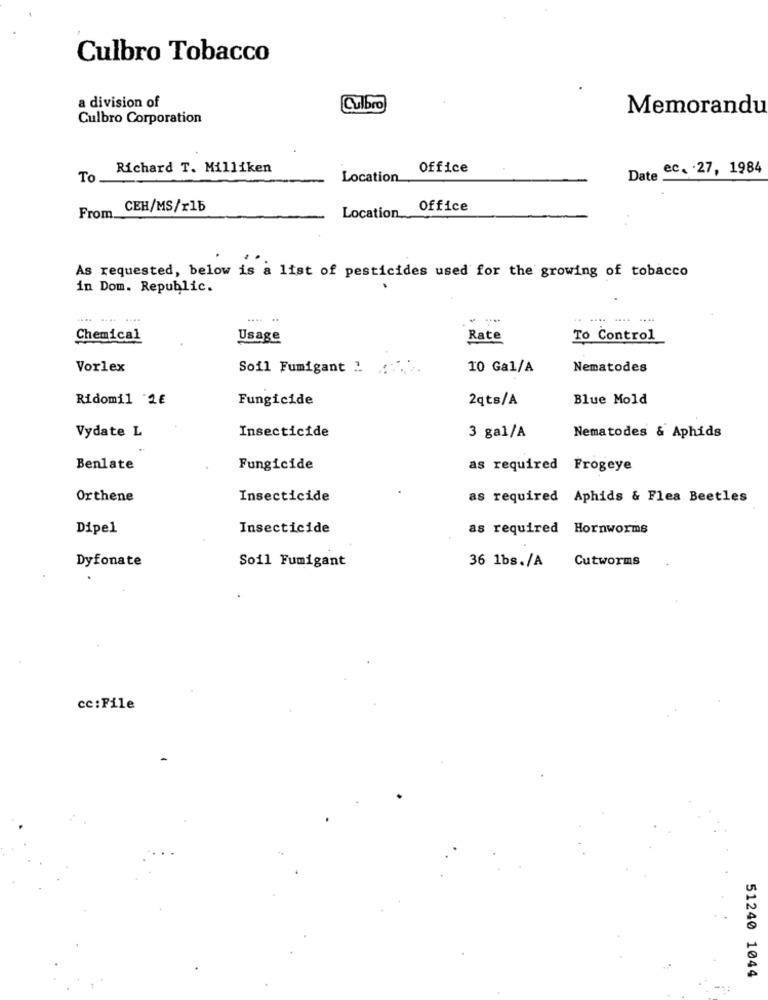
Culbro Tobacco
a division of
Culbro
Memorandu
Culbro Corporation
Richard T. Milliken
Office
ec. . 27, 1984
To
Location
Date
CEH/MS/x15
Office
From.
Location ...
As requested, below is a list of pesticides used for the growing of tobacco
in Dom. Republic.
....
.- - --
Chemical
Usage
Rate
To Control
Vorlex
Soil Fumigant 2 .....
10 Gal/A
Nematodes
Ridomil 2€
Fungicide
2qts/A
Blue Mold
Nematodes & Aphids
Vydate L
Insecticide
3 gal/A
Benlate
Fungicide
as required Frogeye
Orthene
Insecticide
as required Aphids & Flea Beetles
Dipe1
Insecticide
as required Hornworms
Dyfonate
Soil Fumigant
36 1bs./A
Cutworms
cc:File
51240 1044